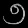
Digit: ၅